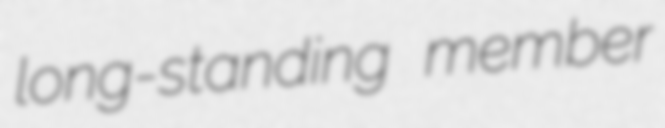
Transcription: long-standing member